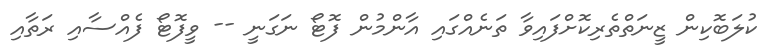
ކުލަބޮކިން ޒީނަތްތެރިކޮށްފައިވާ ތަނެއްގައި އާންމުން ފޮޓޯ ނަގަނީ -- ވީފޮޓޯ ފެއްސާއި ރަތާއި